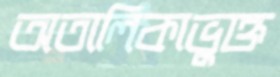
অতালিকাভুক্ত